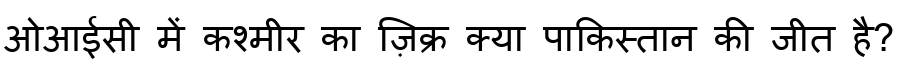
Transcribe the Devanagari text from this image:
ओआईसी में कश्मीर का ज़िक्र क्या पाकिस्तान की जीत है?